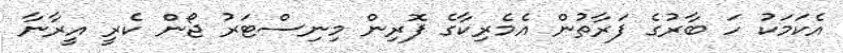
އެކަމަކު ހަ ބާރުގެ ފަރާތުން އެމެރިކާގެ ފޮރިން މިނިސްޓަރު ޖޯން ކެރީ އީރާނާ